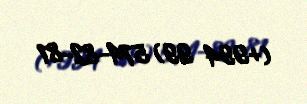
(+994 99) 574-82-81